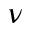
\nu